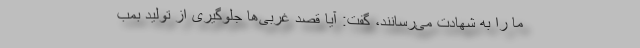
ما را به شهادت می‌رسانند، گفت: آیا قصد غربی‌ها جلوگیری از تولید بمب